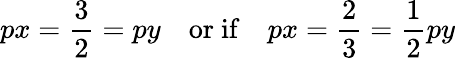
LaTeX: px=\frac{3}{2}=py\quad\mathrm{or\ if}\quad px=\frac{2}{3}=\frac{1}{2}py